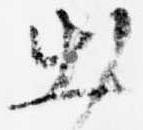
出